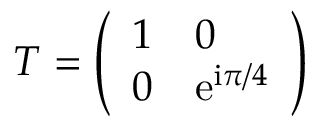
\begin{array} { r } { T = \left( \begin{array} { l l } { 1 } & { 0 } \\ { 0 } & { \mathrm { e } ^ { \mathrm i \pi / 4 } } \end{array} \right) } \end{array}